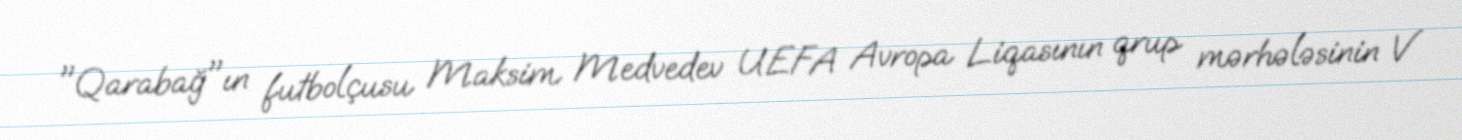
"Qarabağ"ın futbolçusu Maksim Medvedev UEFA Avropa Liqasının qrup mərhələsinin V